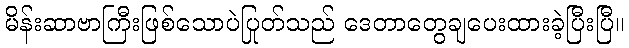
မိန်းဆာဗာကြီးဖြစ်သောပဲပြုတ်သည် ဒေတာတွေချပေးထားခဲ့ပြီးပြီ။